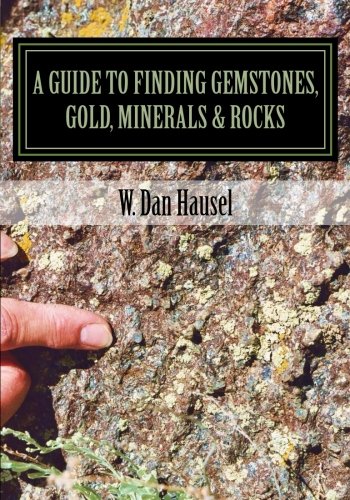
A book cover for A Guide to Finding Gemstones, Gold, Minerals & Rocks; W. Dan Hausel; Science & Math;